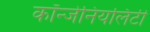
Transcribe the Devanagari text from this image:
कॉन्जेनियलिटी